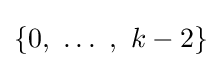
\{0,~\dots ~,~k-2\}